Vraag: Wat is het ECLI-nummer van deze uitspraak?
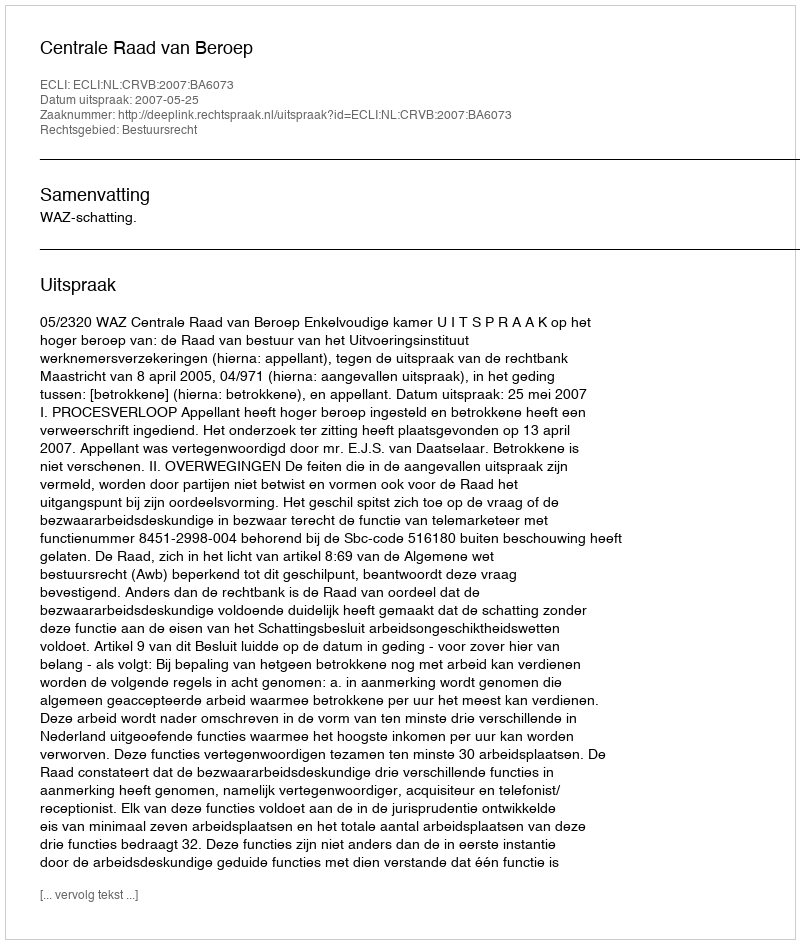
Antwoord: ECLI:NL:CRVB:2007:BA6073